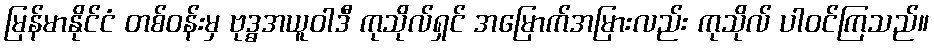
မြန်မာနိုင်ငံ တစ်ဝန်းမှ ဗုဒ္ဓအယူဝါဒီ ကုသိုလ်ရှင် အမြောက်အမြားလည်း ကုသိုလ် ပါဝင်ကြသည်။